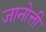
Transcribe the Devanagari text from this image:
जानोत्ती